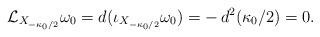
LaTeX: \begin{align*}\mathcal{L}_{X_{-\kappa_0/2}} \omega_0 = d(\iota_{X_{-\kappa_0/2}}\omega_0) = - \, d^2 (\kappa_0/2) = 0 \rlap{.}\end{align*}